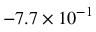
- 7 . 7 \times 1 0 ^ { - 1 }